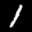
Label: 1